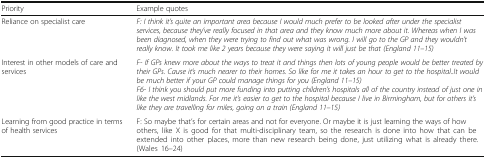
<table><thead><tr><td><b>Priority</b></td><td><b>Example quotes</b></td></tr></thead><tbody><tr><td>Reliance on specialist care</td><td><i>F: I think it’s quite an important area because I would much prefer to be looked after under the specialist services, because they’ve really focused in that area and they know much more about it. Whereas when I was been diagnosed, when they were trying to find out what was wrong. I will go to the GP and they wouldn’t really know. It took me like 2 years because they were saying it will just be that (England 11–15)</i></td></tr><tr><td>Interest in other models of care and services</td><td><i>F- If GPs knew more about the ways to treat it and things then lots of young people would be better treated by their GPs. Cause it’s much nearer to their homes. So like for me it takes an hour to get to the hospital..It would be much better if your GP could manage things for you (England 11–15)</i><i>F6- I think you should put more funding into putting children’s hospitals all of the country instead of just one in like the west midlands. For me it’s easier to get to the hospital because I live in Birmingham, but for others it’s like they are travelling for miles, going on a train (England 11–15)</i></td></tr><tr><td>Learning from good practice in terms of health services</td><td>F: So maybe that’s for certain areas and not for everyone. Or maybe it is just learning the ways of how others, like X is good for that multi-disciplinary team, so the research is done into how that can be extended into other places, more than new research being done, just utilizing what is already there. (Wales 16–24)</td></tr></tbody></table>